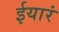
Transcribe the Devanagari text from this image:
ईयारं